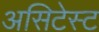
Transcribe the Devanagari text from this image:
असिटेस्ट